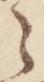
之